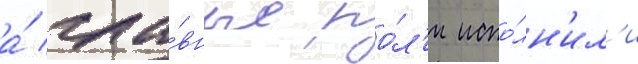
а́ гла́вные ро́л'и испо́лн'ил'и